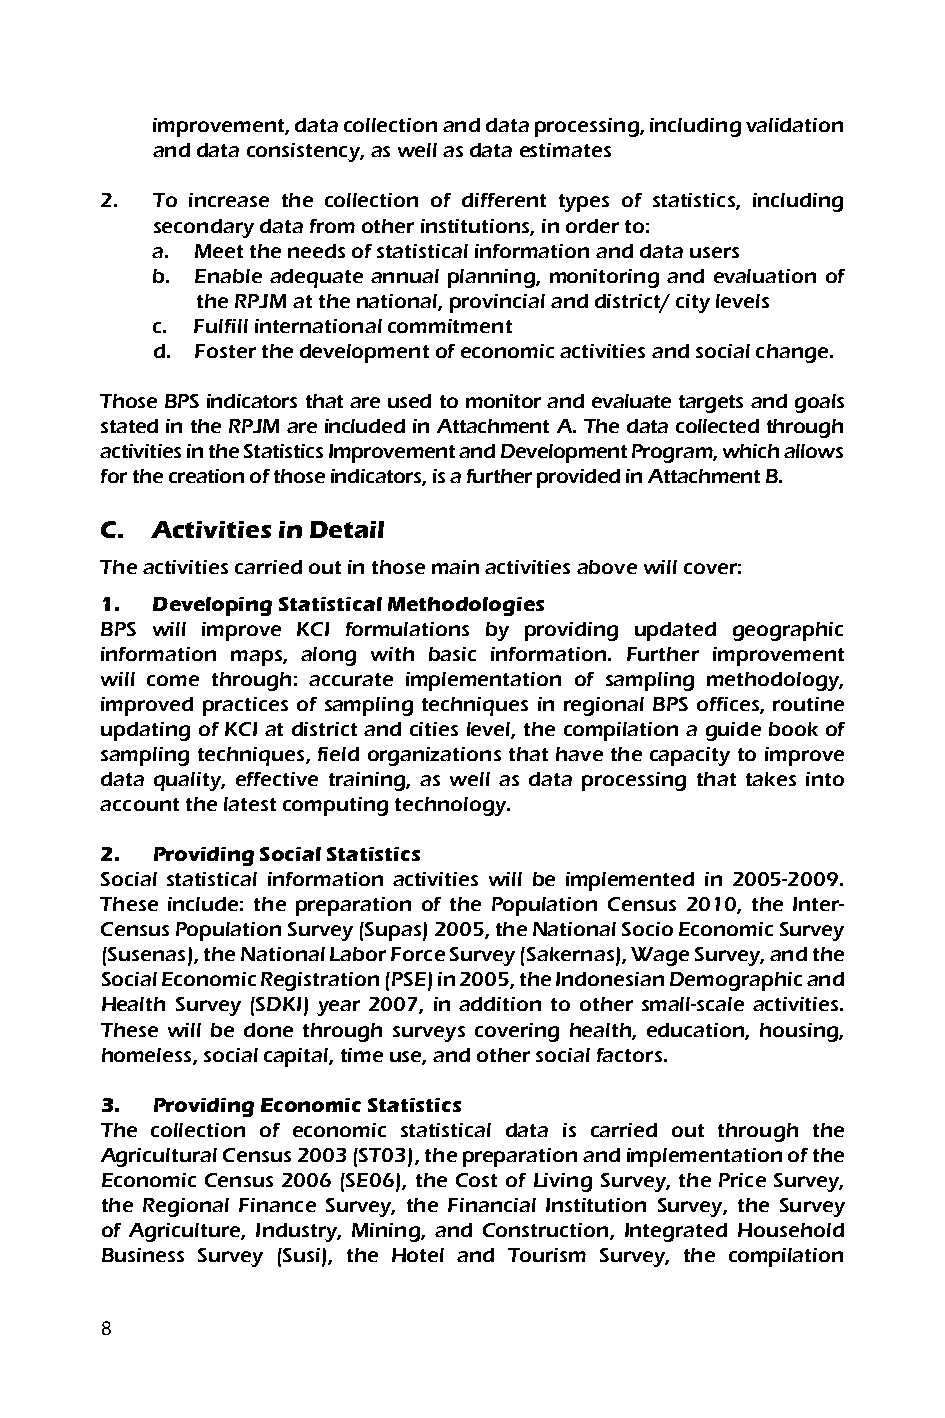
improvement, data collection and data processing, including validation
 and data consistency, as well as data estimates
 2. To increase the collection of different types of statistics, including
 secondary data from other institutions, in order to:
 a. Meet the needs of statistical information and data users
 b. Enable adequate annual planning, monitoring and evaluation of
 the RPJM at the national, provincial and district/ city levels
 c. Fulfill international commitment
 d. Foster the development of economic activities and social change.
 Those BPS indicators that are used to monitor and evaluate targets and goals
 stated in the RPJM are included in Attachment A. The data collected through
 activities in the Statistics Improvement and Development Program, which allows
 for the creation of those indicators, is a further provided in Attachment B.
 C. Activities in Detail
 The activities carried out in those main activities above will cover:
 1. Developing Statistical Methodologies
 BPS will improve KCI formulations by providing updated geographic
 information maps, along with basic information. Further improvement
 will come through: accurate implementation of sampling methodology,
 improved practices of sampling techniques in regional BPS offices, routine
 updating of KCI at district and cities level, the compilation a guide book of
 sampling techniques, field organizations that have the capacity to improve
 data quality, effective training, as well as data processing that takes into
 account the latest computing technology.
 2. Providing Social Statistics
 Social statistical information activities will be implemented in 2005-2009.
 These include: the preparation of the Population Census 2010, the Inter-
 Census Population Survey (Supas) 2005, the National Socio Economic Survey
 (Susenas), the National Labor Force Survey (Sakernas), Wage Survey, and the
 Social Economic Registration (PSE) in 2005, the Indonesian Demographic and
 Health Survey (SDKI) year 2007, in addition to other small-scale activities.
 These will be done through surveys covering health, education, housing,
 homeless, social capital, time use, and other social factors.
 3. Providing Economic Statistics
 The collection of economic statistical data is carried out through the
 Agricultural Census 2003 (ST03), the preparation and implementation of the
 Economic Census 2006 (SE06), the Cost of Living Survey, the Price Survey,
 the Regional Finance Survey, the Financial Institution Survey, the Survey
 of Agriculture, Industry, Mining, and Construction, Integrated Household
 Business Survey (Susi), the Hotel and Tourism Survey, the compilation
 